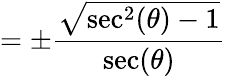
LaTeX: =\pm{\frac{\sqrt{\sec^{2}(\theta)-1}}{\sec(\theta)}}